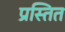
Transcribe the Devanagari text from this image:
प्रस्तित